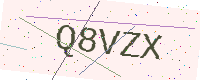
Text: Q8VZX